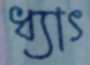
ধ্যাৎ